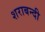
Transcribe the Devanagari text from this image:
शराबन्दी